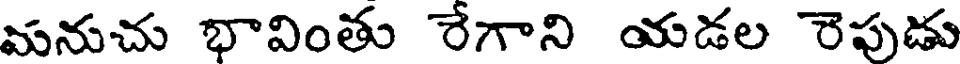
మనుచు భావింతు రేగాని యడల రెపుడు